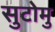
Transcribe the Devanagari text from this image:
सुटोमु